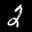
Label: 2